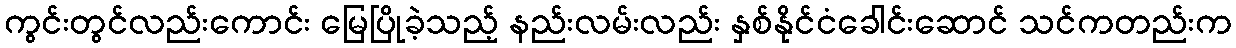
ကွင်းတွင်လည်းကောင်း မြေပြိုခဲ့သည့် နည်းလမ်းလည်း နှစ်နိုင်ငံခေါင်းဆောင် သင်ကတည်းက